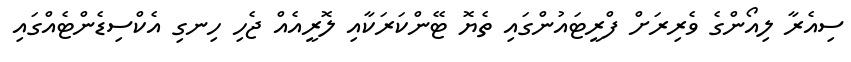
ސިއެރާ ލިއޯންގެ ވެރިރަށް ފްރީޓައުންގައި ތެޔޮ ޓޭންކަރަކާއި ލޮރީއެއް ޖެހި ހިނގި އެކްސިޑެންޓެއްގައި